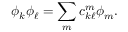
\phi _ { k } \phi _ { \ell } = \sum _ { m } c _ { k \ell } ^ { m } \phi _ { m } .